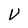
Character: V